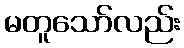
မတူသော်လည်း